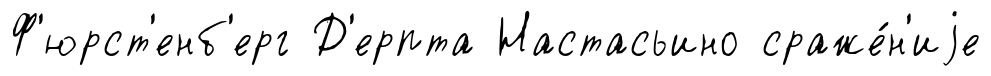
Ф'юрст'енб'ерг Д'ерпта Настасьино сраже́н'иjе